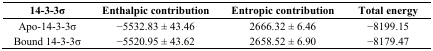
<table><thead><tr><td><b>14-3-3σ</b></td><td><b>Enthalpic contribution</b></td><td><b>Entropic contribution</b></td><td><b>Total energy</b></td></tr></thead><tbody><tr><td>Apo-14-3-3σ</td><td>−5532.83 ± 43.46</td><td>2666.32 ± 6.46</td><td>−8199.15</td></tr><tr><td>Bound 14-3-3σ</td><td>−5520.95 ± 43.62</td><td>2658.52 ± 6.90</td><td>−8179.47</td></tr></tbody></table>